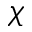
\chi